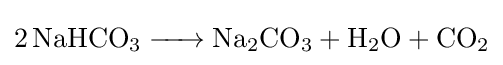
{\ce {2 NaHCO3 -> Na2CO3 + H2O + CO2}}